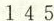
1 4 5